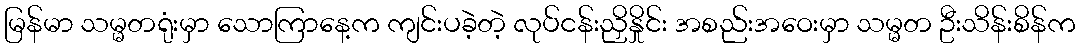
မြန်မာ သမ္မတရုံးမှာ သောကြာနေ့က ကျင်းပခဲ့တဲ့ လုပ်ငန်းညှိနှိုင်း အစည်းအဝေးမှာ သမ္မတ ဦးသိန်းစိန်က